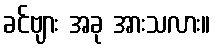
ခင်ဗျား အခု အားသလား။